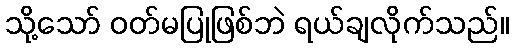
သို့သော် ဝတ်မပြုဖြစ်ဘဲ ရယ်ချလိုက်သည်။